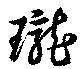
瓏